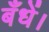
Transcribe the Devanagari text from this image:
बँधें।